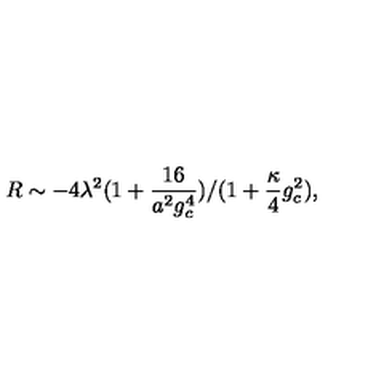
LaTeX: \: R \sim - 4 \lambda ^ { 2 } ( 1 + \frac { 1 6 } { a ^ { 2 } g _ { c } ^ { 4 } } ) / ( 1 + \frac { \kappa } { 4 } g _ { c } ^ { 2 } ) , \: